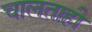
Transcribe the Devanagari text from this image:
चालताही